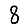
Digit: 8